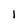
Character: I